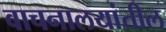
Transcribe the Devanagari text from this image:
वाचनालयांतील